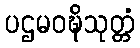
ပဌမဝဍ္ဎိသုတ္တံ